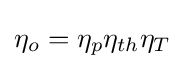
\eta _{o}=\eta _{p}\eta _{th}\eta _{T}